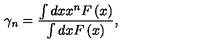
\gamma _ { n } = \frac { \int d x x ^ { n } F \left( x \right) } { \int d x F \left( x \right) } ,